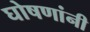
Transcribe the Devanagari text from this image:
घोषणांनी